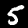
Digit: 5